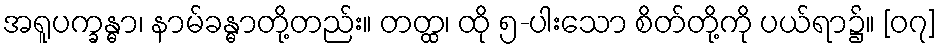
အရူပက္ခန္ဓာ၊ နာမ်ခန္ဓာတို့တည်း။ တတ္ထ၊ ထို ၅-ပါးသော စိတ်တို့ကို ပယ်ရာ၌။ [၀၇]